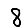
Digit: 8